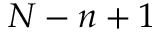
N - n + 1